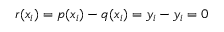
r ( x _ { i } ) = p ( x _ { i } ) - q ( x _ { i } ) = y _ { i } - y _ { i } = 0